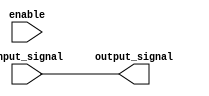
module io_buffer(
    input wire input_signal,
    input wire enable,
    output reg output_signal
);

reg pull_up, pull_down;

always @ (enable or input_signal)
begin
    if (enable)
    begin
        pull_up = 1'b1;
        pull_down = 1'b0;
        output_signal = pull_up & input_signal;
    end
    else
    begin
        pull_up = 1'b0;
        pull_down = 1'b1;
        output_signal = pull_down & input_signal;
    end
end

endmodule